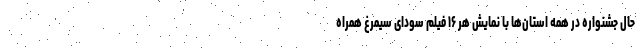
حال جشنواره در همه استان‌ها با نمایش هر ۱۶ فیلم سودای سیمرغ همراه